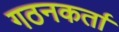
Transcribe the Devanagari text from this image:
गठनकर्ता